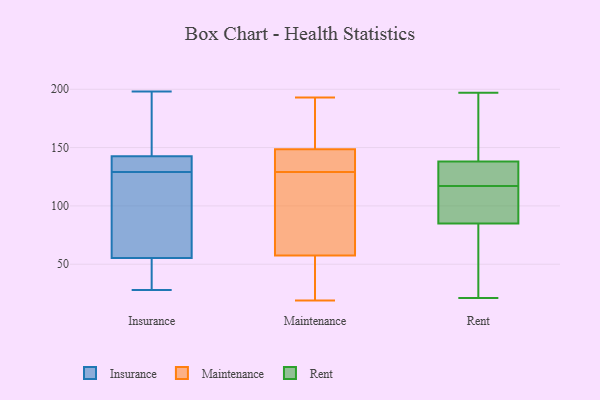
{"axis": {"x": "Revenue (USD Million)", "y": "Value"}, "legend": ["Insurance", "Maintenance", "Rent"], "data": [{"x": "", "y": 50, "type": "Insurance"}, {"x": "", "y": 198, "type": "Insurance"}, {"x": "", "y": 131, "type": "Insurance"}, {"x": "", "y": 129, "type": "Insurance"}, {"x": "", "y": 137, "type": "Insurance"}, {"x": "", "y": 57, "type": "Insurance"}, {"x": "", "y": 42, "type": "Insurance"}, {"x": "", "y": 119, "type": "Insurance"}, {"x": "", "y": 121, "type": "Insurance"}, {"x": "", "y": 141, "type": "Insurance"}, {"x": "", "y": 28, "type": "Insurance"}, {"x": "", "y": 177, "type": "Insurance"}, {"x": "", "y": 147, "type": "Insurance"}, {"x": "", "y": 186, "type": "Maintenance"}, {"x": "", "y": 130, "type": "Maintenance"}, {"x": "", "y": 132, "type": "Maintenance"}, {"x": "", "y": 33, "type": "Maintenance"}, {"x": "", "y": 132, "type": "Maintenance"}, {"x": "", "y": 32, "type": "Maintenance"}, {"x": "", "y": 128, "type": "Maintenance"}, {"x": "", "y": 165, "type": "Maintenance"}, {"x": "", "y": 193, "type": "Maintenance"}, {"x": "", "y": 99, "type": "Maintenance"}, {"x": "", "y": 82, "type": "Maintenance"}, {"x": "", "y": 19, "type": "Maintenance"}, {"x": "", "y": 32, "type": "Rent"}, {"x": "", "y": 97, "type": "Rent"}, {"x": "", "y": 85, "type": "Rent"}, {"x": "", "y": 21, "type": "Rent"}, {"x": "", "y": 138, "type": "Rent"}, {"x": "", "y": 117, "type": "Rent"}, {"x": "", "y": 23, "type": "Rent"}, {"x": "", "y": 172, "type": "Rent"}, {"x": "", "y": 128, "type": "Rent"}, {"x": "", "y": 89, "type": "Rent"}, {"x": "", "y": 146, "type": "Rent"}, {"x": "", "y": 118, "type": "Rent"}, {"x": "", "y": 197, "type": "Rent"}, {"x": "", "y": 117, "type": "Rent"}]}